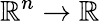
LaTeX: \mathbb{R}^{n}\to\mathbb{R}